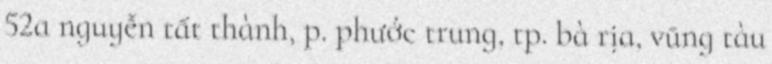
52a nguyễn tất thành, p. phước trung, tp. bà rịa, vũng tàu